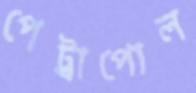
পেট্রাপোল